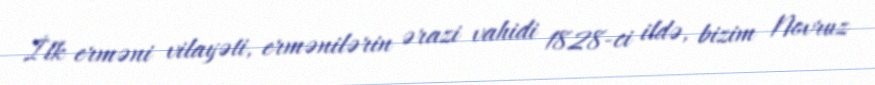
İlk erməni vilayəti, ermənilərin ərazi vahidi 1828-ci ildə, bizim Novruz